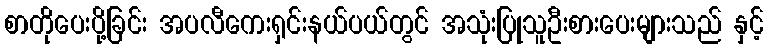
စာတိုပေးပို့ခြင်း အပလီကေးရှင်းနယ်ပယ်တွင် အသုံးပြုသူဦးစားပေးများသည် နှင့်